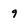
Character: 9